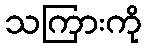
သကြားကို